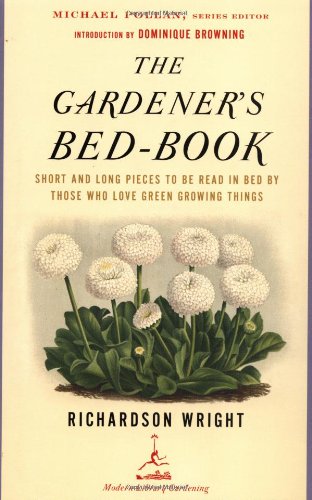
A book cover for The Gardener's Bed-Book: Short and Long Pieces to Be Read in Bed by Those Who Love Green Growing Things (Modern Library Gardening); Richardson Wright; Crafts, Hobbies & Home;